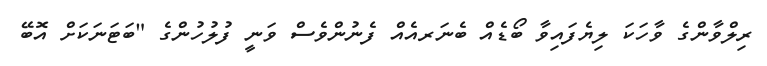
ރިލްވާންގެ ވާހަކަ ލިޔެފައިވާ ބޯޑެއް ބެނަރއެއް ފެނުންވެސް ވަނީ ފުލުހުންގެ "ބަޓަނަކަށް އޮބޭ